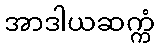
အာဒါယဆက္ကံ